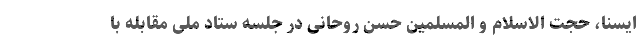
ایسنا، حجت الاسلام و المسلمین حسن روحانی در جلسه ستاد ملی مقابله با